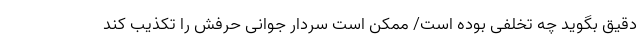
دقیق بگوید چه تخلفی بوده است/ ممکن است سردار جوانی حرفش را تکذیب کند